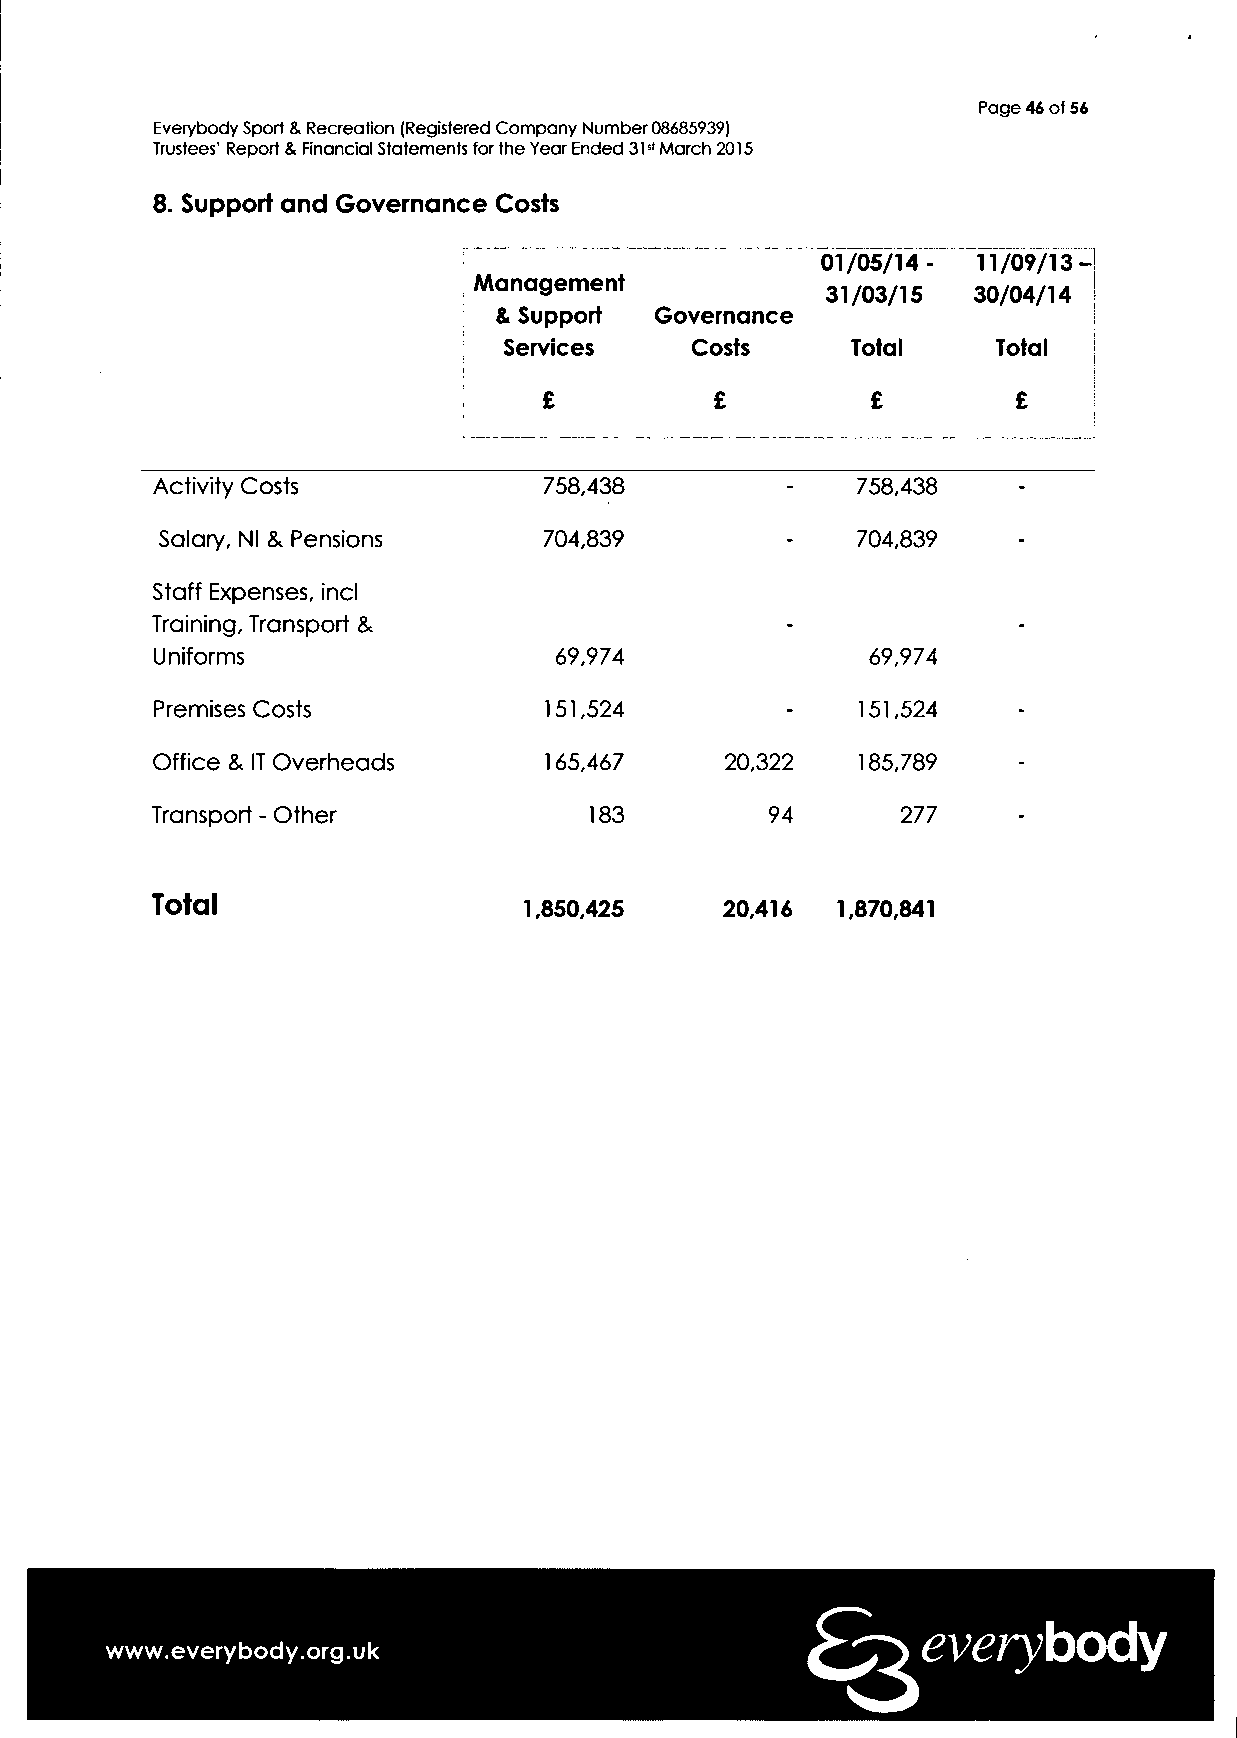
Page 46 of 56
 Everybody Sport & Recreation (Registered Company Number 08685939)
 Trustees' Report & Financial Statements for the Year Ended 31st March 2015
 8. Support and Governance Costs
 01/05/14-  11/09/13 -
 Management
 31/03/15 30/04/14
 & Support Governance
 Services     Costs     Total     Total
 £        £
 Activity Costs            758,438              758,438
 Salary, Nl & Pensions    704,839              704,839
 Staff Expenses, incl
 Training, Transport &
 Uniforms                   69,974               69,974
 Premises Costs            151,524              151,524
 Office & IT Overheads     165,467     20,322   185,789
 Transport - Other            183         94       277
 Total
 1,850,425    20,416 1,870,841
 everybody
 www.everybody.org.uk